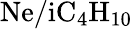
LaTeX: \mathrm{Ne/iC_{4}H_{10}}